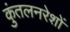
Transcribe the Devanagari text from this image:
कुंतलनरेशों